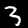
Digit: 3